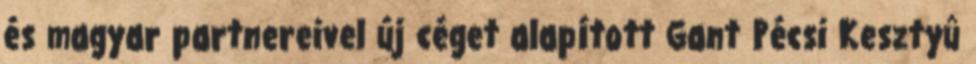
és magyar partnereivel új céget alapított Gant Pécsi Kesztyû